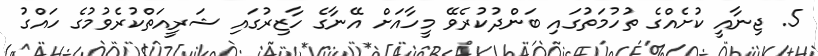
5. ޖިނާއީ ކުށެއްގެ ތުހުމަތުގައި ބަންދުކުރެވޭ މީހާއަށް އޭނާގެ ހާޒިރުގައި ޝަރީއަތްކުރެވުމުގެ ހައްގު